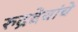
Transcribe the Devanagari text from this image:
रुद्रदेवांचे